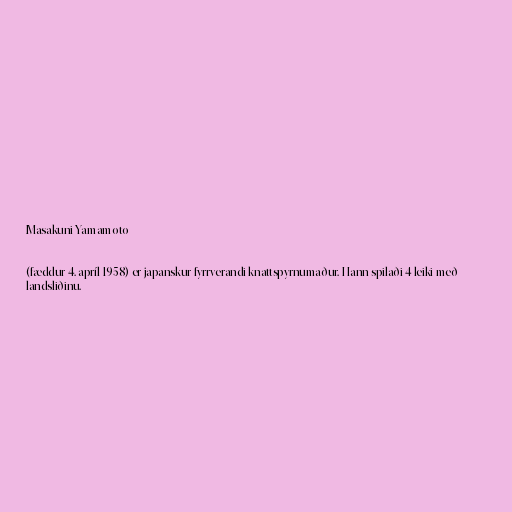
Masakuni Yamamoto

(fæddur 4. apríl 1958) er japanskur fyrrverandi knattspyrnumaður. Hann spilaði 4 leiki með
landsliðinu.